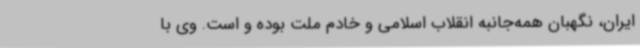
ایران، نگهبان همه‌جانبه انقلاب اسلامی و خادم ملت بوده و است. وی با